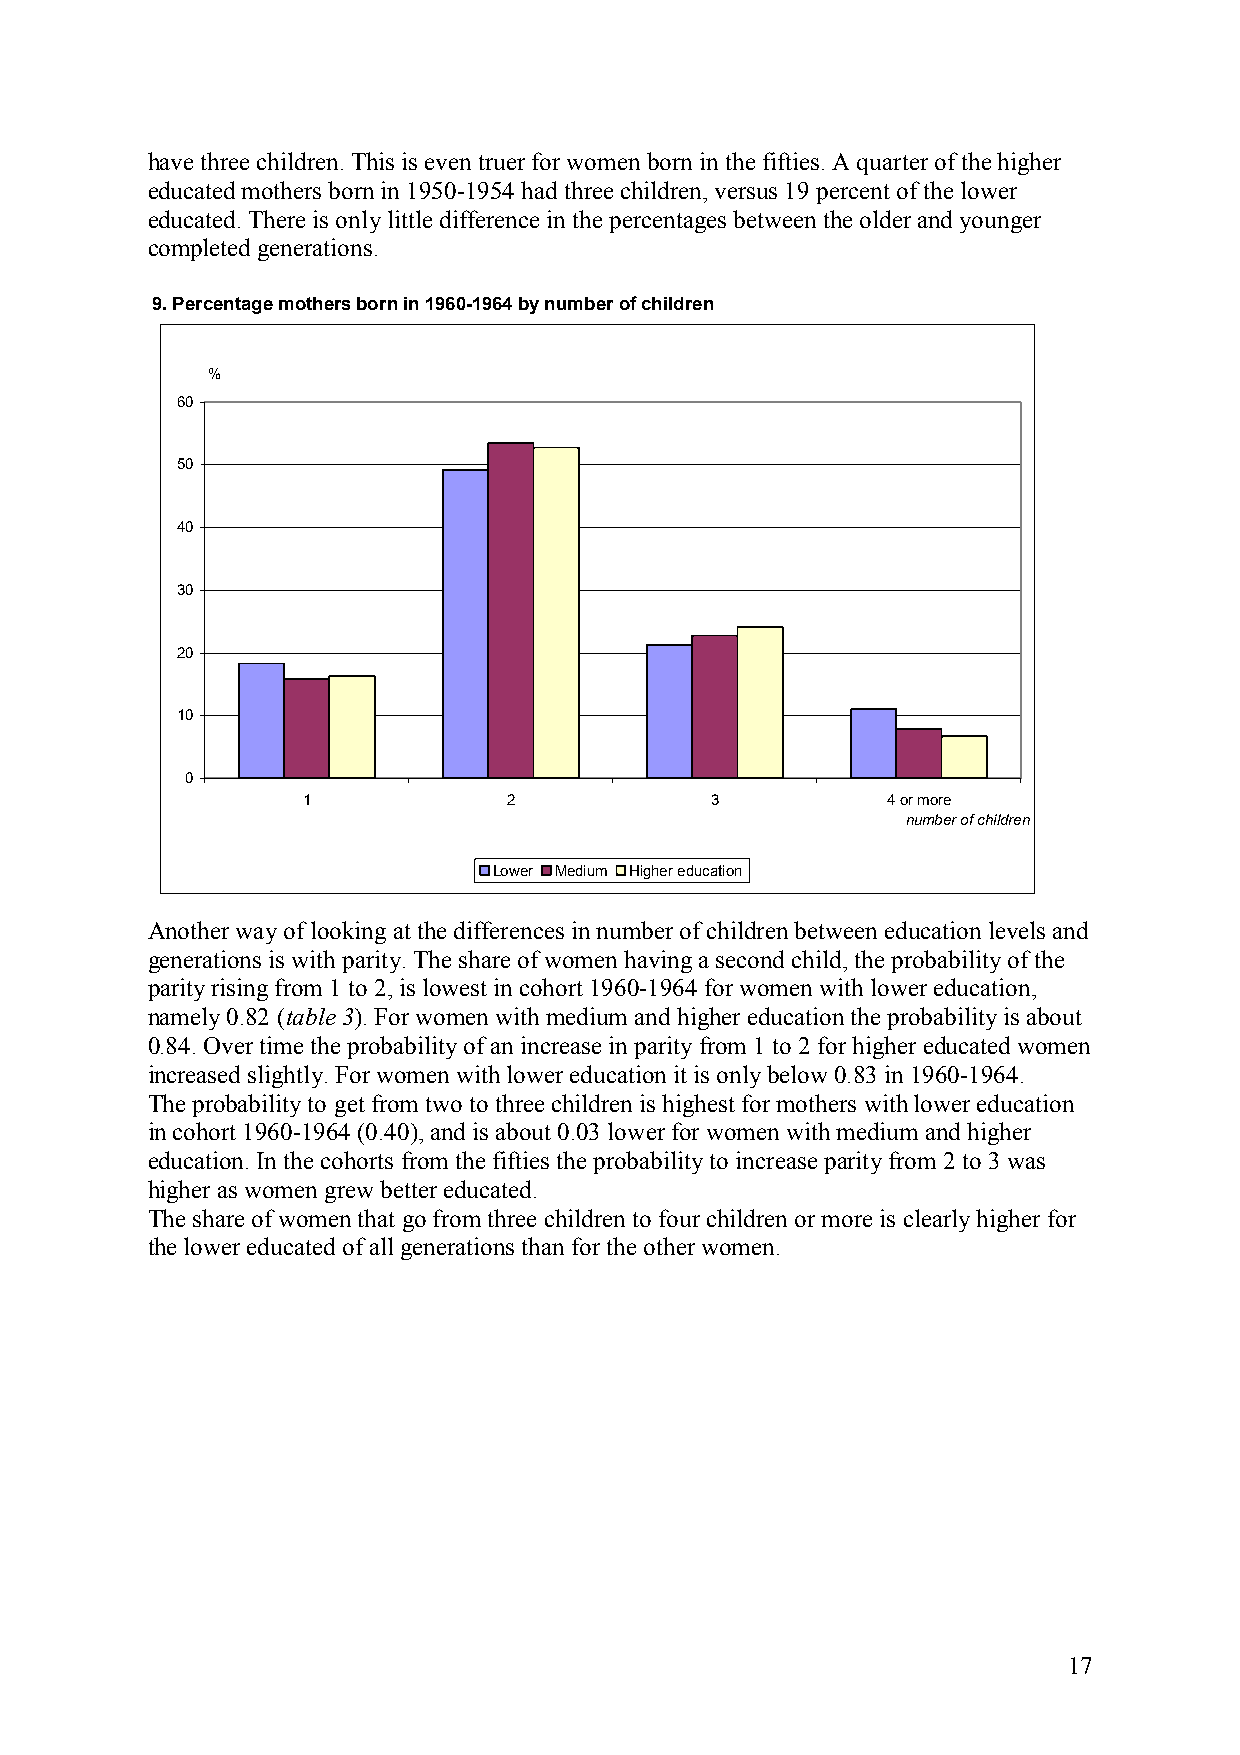
have three children. This is even truer for women born in the fifties. A quarter of the higher
 educated mothers born in 1950-1954 had three children, versus 19 percent of the lower
 educated. There is only little difference in the percentages between the older and younger
 completed generations.
 9. Percentage mothers born in 1960-1964 by number of children
 %
 60
 50
 40
 30
 20
 10
 0
 1             2            3           4 or more
 number of children
 Lower Medium Higher education
 Another way of looking at the differences in number of children between education levels and
 generations is with parity. The share of women having a second child, the probability of the
 parity rising from 1 to 2, is lowest in cohort 1960-1964 for women with lower education,
 namely 0.82 (table 3). For women with medium and higher education the probability is about
 0.84. Over time the probability of an increase in parity from 1 to 2 for higher educated women
 increased slightly. For women with lower education it is only below 0.83 in 1960-1964.
 The probability to get from two to three children is highest for mothers with lower education
 in cohort 1960-1964 (0.40), and is about 0.03 lower for women with medium and higher
 education. In the cohorts from the fifties the probability to increase parity from 2 to 3 was
 higher as women grew better educated.
 The share of women that go from three children to four children or more is clearly higher for
 the lower educated of all generations than for the other women.
 17